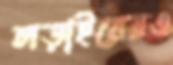
লড়াইয়েরও